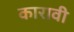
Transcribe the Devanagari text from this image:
कारावी